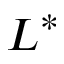
L ^ { * }